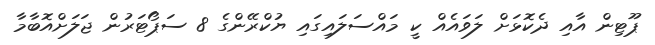
ޕޫޓިން އާއި ދެކޮޅަށް ލަވައެއް ކީ މައްސަލައިގައި ޔުކްރޭންގެ 8 ސަޕޯޓަރުން ޖަލަށްއޮބާމާ